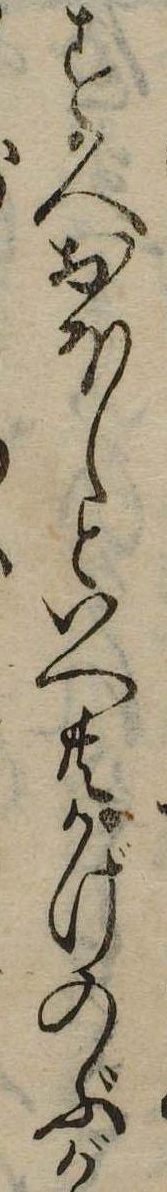
す人おほしといへ共かげのぶが